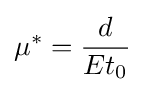
\mu ^{*}={\frac {d}{Et_{0}}}